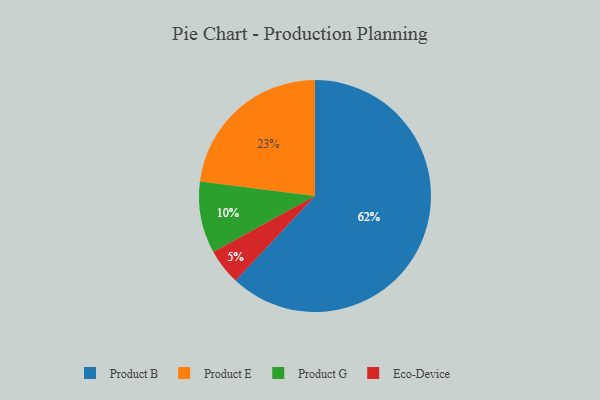
{"axis": {"x": "Category", "y": "Percentage"}, "legend": ["Eco-Device", "Product B", "Product E", "Product G"], "data": [{"x": "Product B", "y": 62, "type": "Product B"}, {"x": "Eco-Device", "y": 5, "type": "Eco-Device"}, {"x": "Product E", "y": 23, "type": "Product E"}, {"x": "Product G", "y": 10, "type": "Product G"}]}